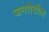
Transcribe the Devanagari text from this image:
जनतेतील